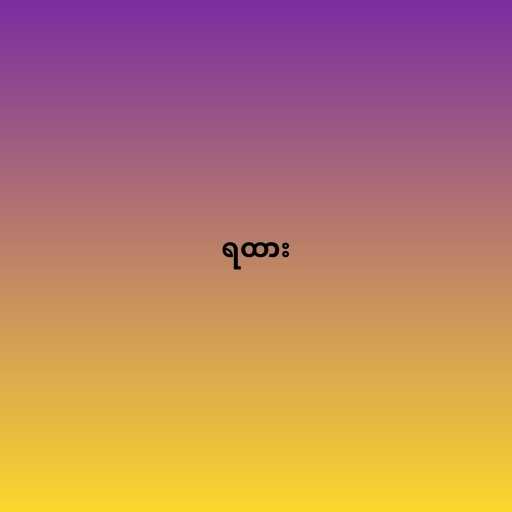
ရထား